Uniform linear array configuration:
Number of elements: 48
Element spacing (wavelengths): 0.5
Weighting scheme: hann
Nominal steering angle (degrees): -15
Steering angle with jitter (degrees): -16.101
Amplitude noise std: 0.05
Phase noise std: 0.05

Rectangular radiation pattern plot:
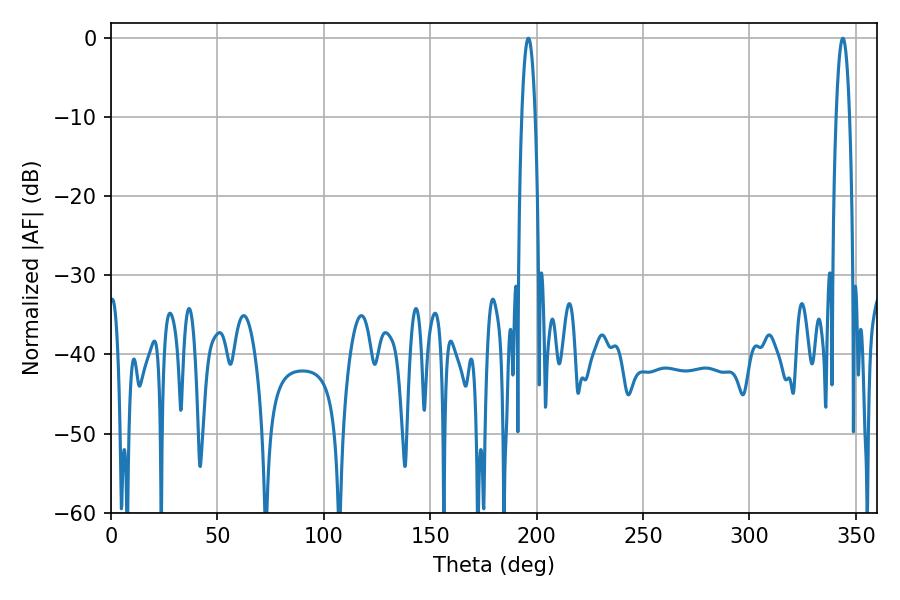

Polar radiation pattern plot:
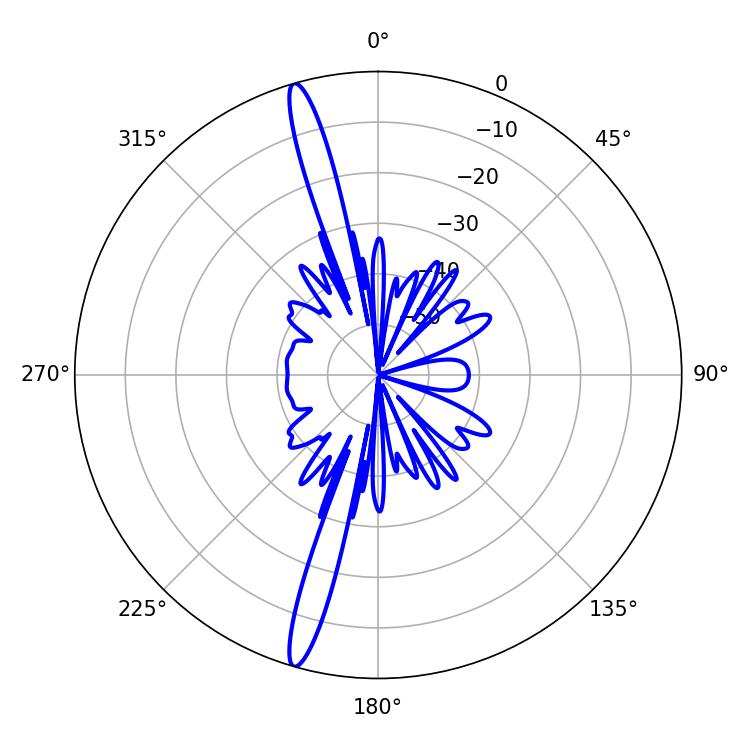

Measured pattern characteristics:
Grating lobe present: FALSE
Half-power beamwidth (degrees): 3.42
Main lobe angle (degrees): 343.8